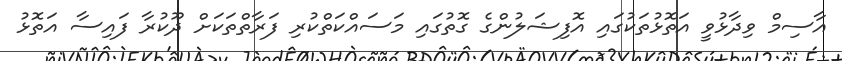
އާސިމް ވިދާޅުވީ އަތޮޅުތަކުގައި އޮފިޝަލުންގެ ގޮތުގައި މަސައްކަތްކުރި ފަރާތްތަކަށް ދޫކުރާ ފައިސާ އަތޮޅު